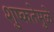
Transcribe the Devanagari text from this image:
शुष्कतेमुळे